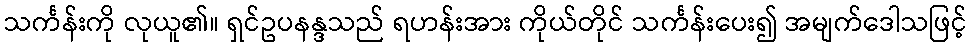
သင်္ကန်းကို လုယူ၏။ ရှင်ဥပနန္ဒသည် ရဟန်းအား ကိုယ်တိုင် သင်္ကန်းပေး၍ အမျက်ဒေါသဖြင့်